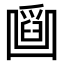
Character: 𠚜